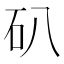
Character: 𥐙